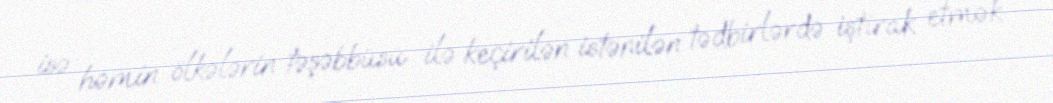
isə həmin ölkələrin təşəbbüsü ilə keçirilən istənilən tədbirlərdə iştirak etmək